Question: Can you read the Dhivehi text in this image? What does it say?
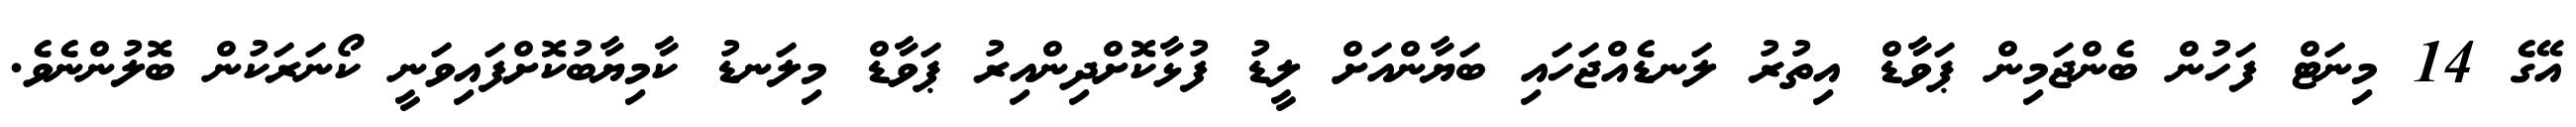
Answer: އޭގެ 14 މިނަޓް ފަހުން ބެންޖަމިން ޕަވާޑް އިތުރު ލަނޑެއްޖަހައި ބަޔާންއަށް ލީޑު ފުޅާކޮށްދިންއިރު ޕަވާޑް މިލަނޑު ކާމިޔާބުކޮށްފައިވަނީ ކޯނަރަކުން ބޮލުންނެވެ.